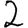
Digit: 2